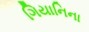
ગિયાનિના